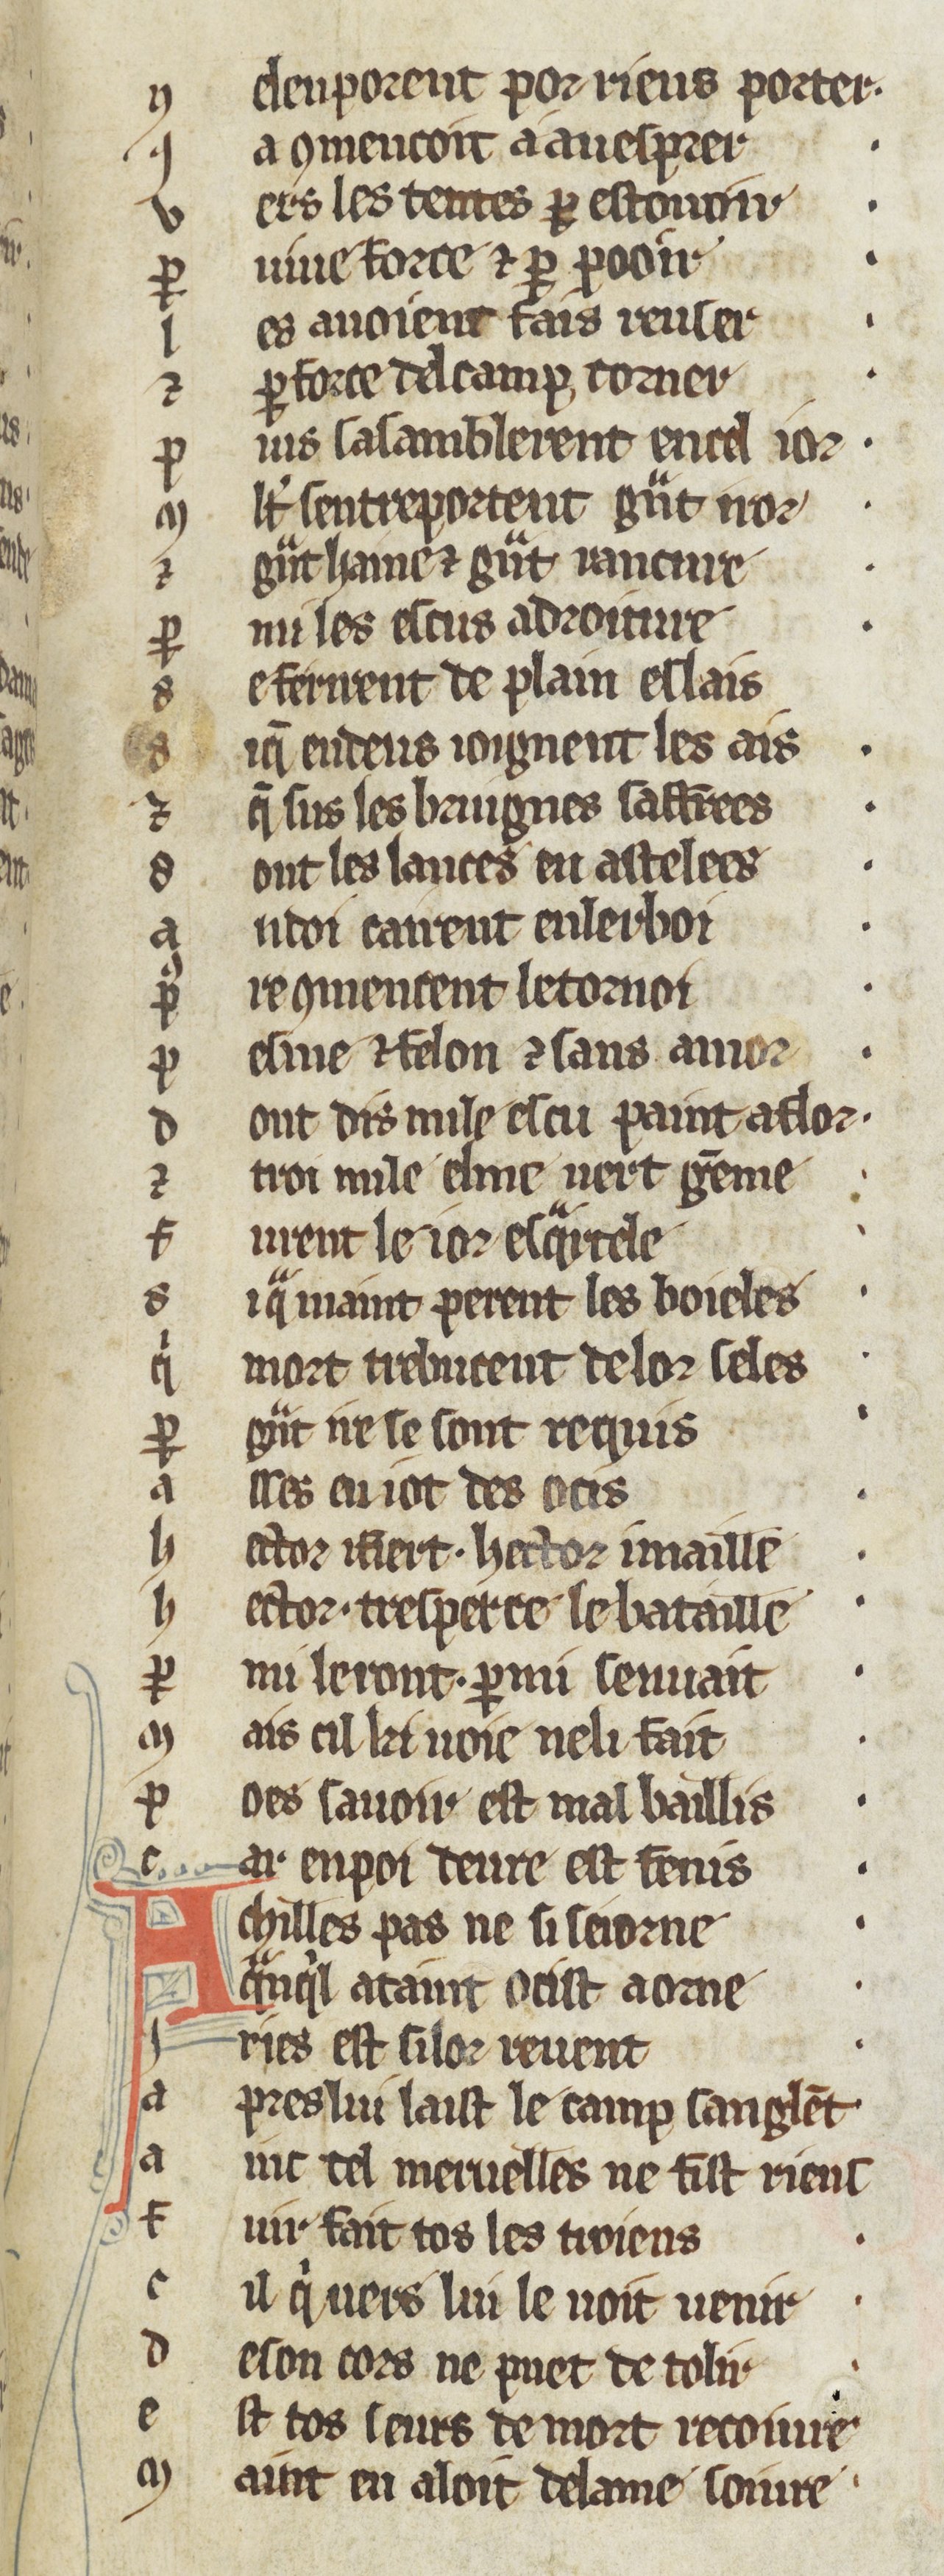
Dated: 1270–1299